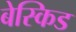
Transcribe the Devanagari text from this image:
बेस्किड